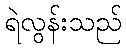
ရဲလွန်းသည်